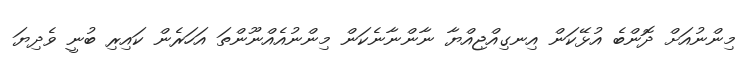
މިންނުއަށް ދޮންބެ އުޅޭކަން އިނގިއްޖިއްޔާ ނާންނާނެކަން މިންނުއެއްނޫންތަ އަހަރެން ކައިރި ބުނީ ވެދިޔަ